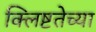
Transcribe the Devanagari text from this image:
क्लिष्टतेच्या